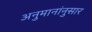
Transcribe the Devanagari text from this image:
अनुमानांनुसार